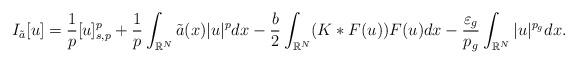
LaTeX: \begin{align*}I_{\tilde{a}}[u] &=\frac{1}{p}[u]_{s,p}^p+\frac{1}{p}\int_{\mathbb{R}^N}\tilde{a}(x)|u|^p dx-\frac{b}{2}\int_{\mathbb{R}^N}(K\ast F(u))F(u)dx-\frac{\varepsilon_g}{p_g}\int_{\mathbb{R}^N}|u|^{p_g} dx.\end{align*}